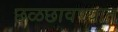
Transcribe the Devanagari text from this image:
छळछावण्यात